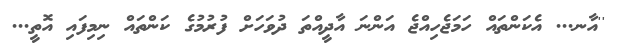
''އާނ... އެކަންތައް ހަމަޖެހިއްޖެ އަންނަ އާދީއްތަ ދުވަހަށް ފުރުމުގެ ކަންތައް ނިމިފައި އޮތީ...